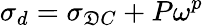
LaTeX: \sigma_{d}=\sigma_{\mathfrak{D}C}+P\omega^{p}